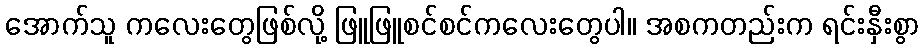
အောက်သူ ကလေးတွေဖြစ်လို့ ဖြူဖြူစင်စင်ကလေးတွေပါ။ အစကတည်းက ရင်းနှီးစွာ